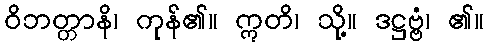
ဝိဘတ္တာနိ၊ ကုန်၏။ ဣတိ၊ သို့။ ဒဋ္ဌဗ္ဗံ၊ ၏။